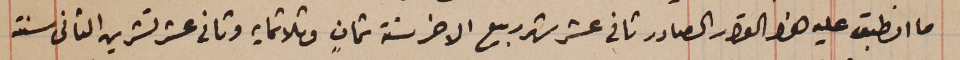
ما انطبق عليه هذا القرار الصادر ثانى عشر شهر ربيع الاخر سنة ثمانٍ وثلاثمايه وثانى عشر تشرين الثانى سنة